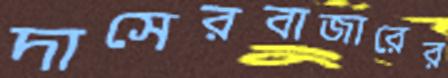
দাসেরবাজারের